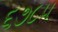
૬૭૮૫